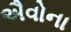
ઐવોના